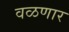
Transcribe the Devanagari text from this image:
वळणार